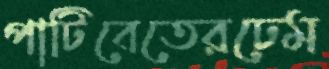
পাটিবেতেরঢেম